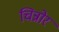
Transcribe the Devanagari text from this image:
चिन्नोर